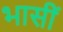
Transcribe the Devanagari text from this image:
भासीं